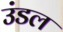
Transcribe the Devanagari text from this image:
उंडल